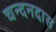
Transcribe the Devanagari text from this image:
चन्दनदास